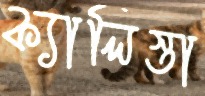
ক্যালিস্তা